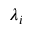
\lambda _ { i }